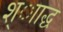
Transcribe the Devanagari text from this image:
श्ााद्ध